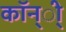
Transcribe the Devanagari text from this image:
कॉन्ी्